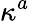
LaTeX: \kappa^{a}